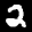
Label: 2